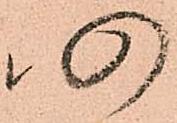
仍